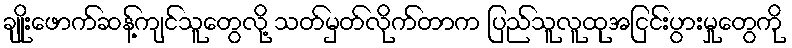
ချိုးဖောက်ဆန့်ကျင်သူတွေလို့ သတ်မှတ်လိုက်တာက ပြည်သူလူထုအငြင်းပွားမှုတွေကို